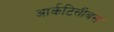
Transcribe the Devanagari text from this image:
आर्कटिसीबस